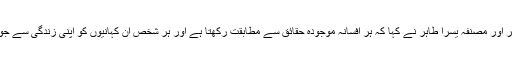
نوجوان اسکالر اور مصنفہ یسرا طاہر نے کہا کہ ہر افسانہ موجودہ حقائق سے مطابقت رکھتا ہے اور ہر شخص ان کہانیوں کو اپنی زندگی سے جوڑ سکتا ہے ۔